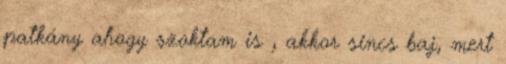
patkány ahogy szoktam is , akkor sincs baj, mert